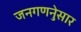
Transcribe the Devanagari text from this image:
जनगणनेुसार